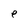
Character: e